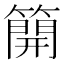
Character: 𥳐